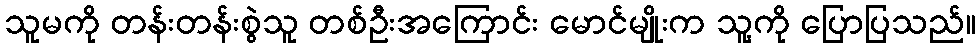
သူမကို တန်းတန်းစွဲသူ တစ်ဦးအကြောင်း မောင်မျိုးက သူ့ကို ပြောပြသည်။